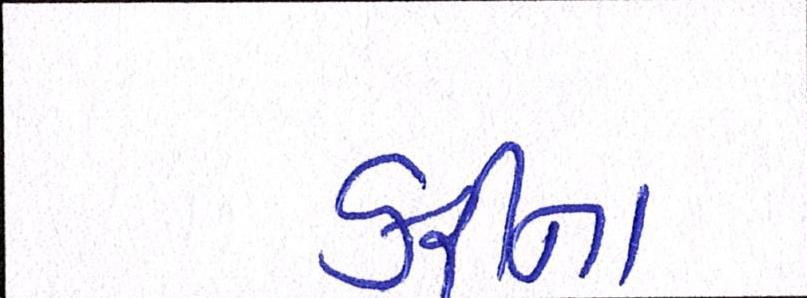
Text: કરીના